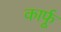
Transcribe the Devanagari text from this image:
कार्फू